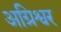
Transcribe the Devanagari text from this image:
अग्रिश्वर